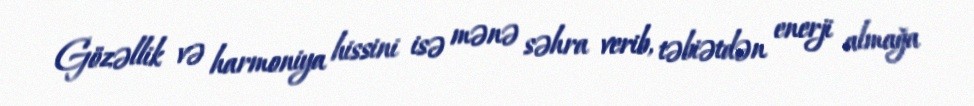
Gözəllik və harmoniya hissini isə mənə səhra verib, təbiətdən enerji almağa